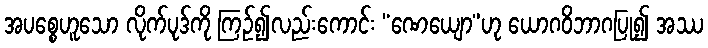
အပစ္စေဟူသော လိုက်ပုဒ်ကို ကြဉ်၍လည်းကောင်း “ဏေယျော”ဟု ယောဂဝိဘာဂပြု၍ အဿ